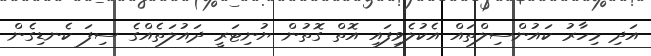
އަދި މިހާރު ކައުންސިލްތައް އެކުލެވިފައި އޮތް ގޮތުން ޔުނިޓަރީ ދައުލަތެއްގެ ސިފަ ކެނޑިގެން